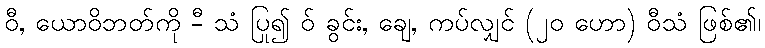
ဝီ, ယောဝိဘတ်ကို -ီ သံ ပြု၍ ဝ် ခွင်း, ချေ, ကပ်လျှင် (၂၀ ဟော) ဝီသံ ဖြစ်၏၊